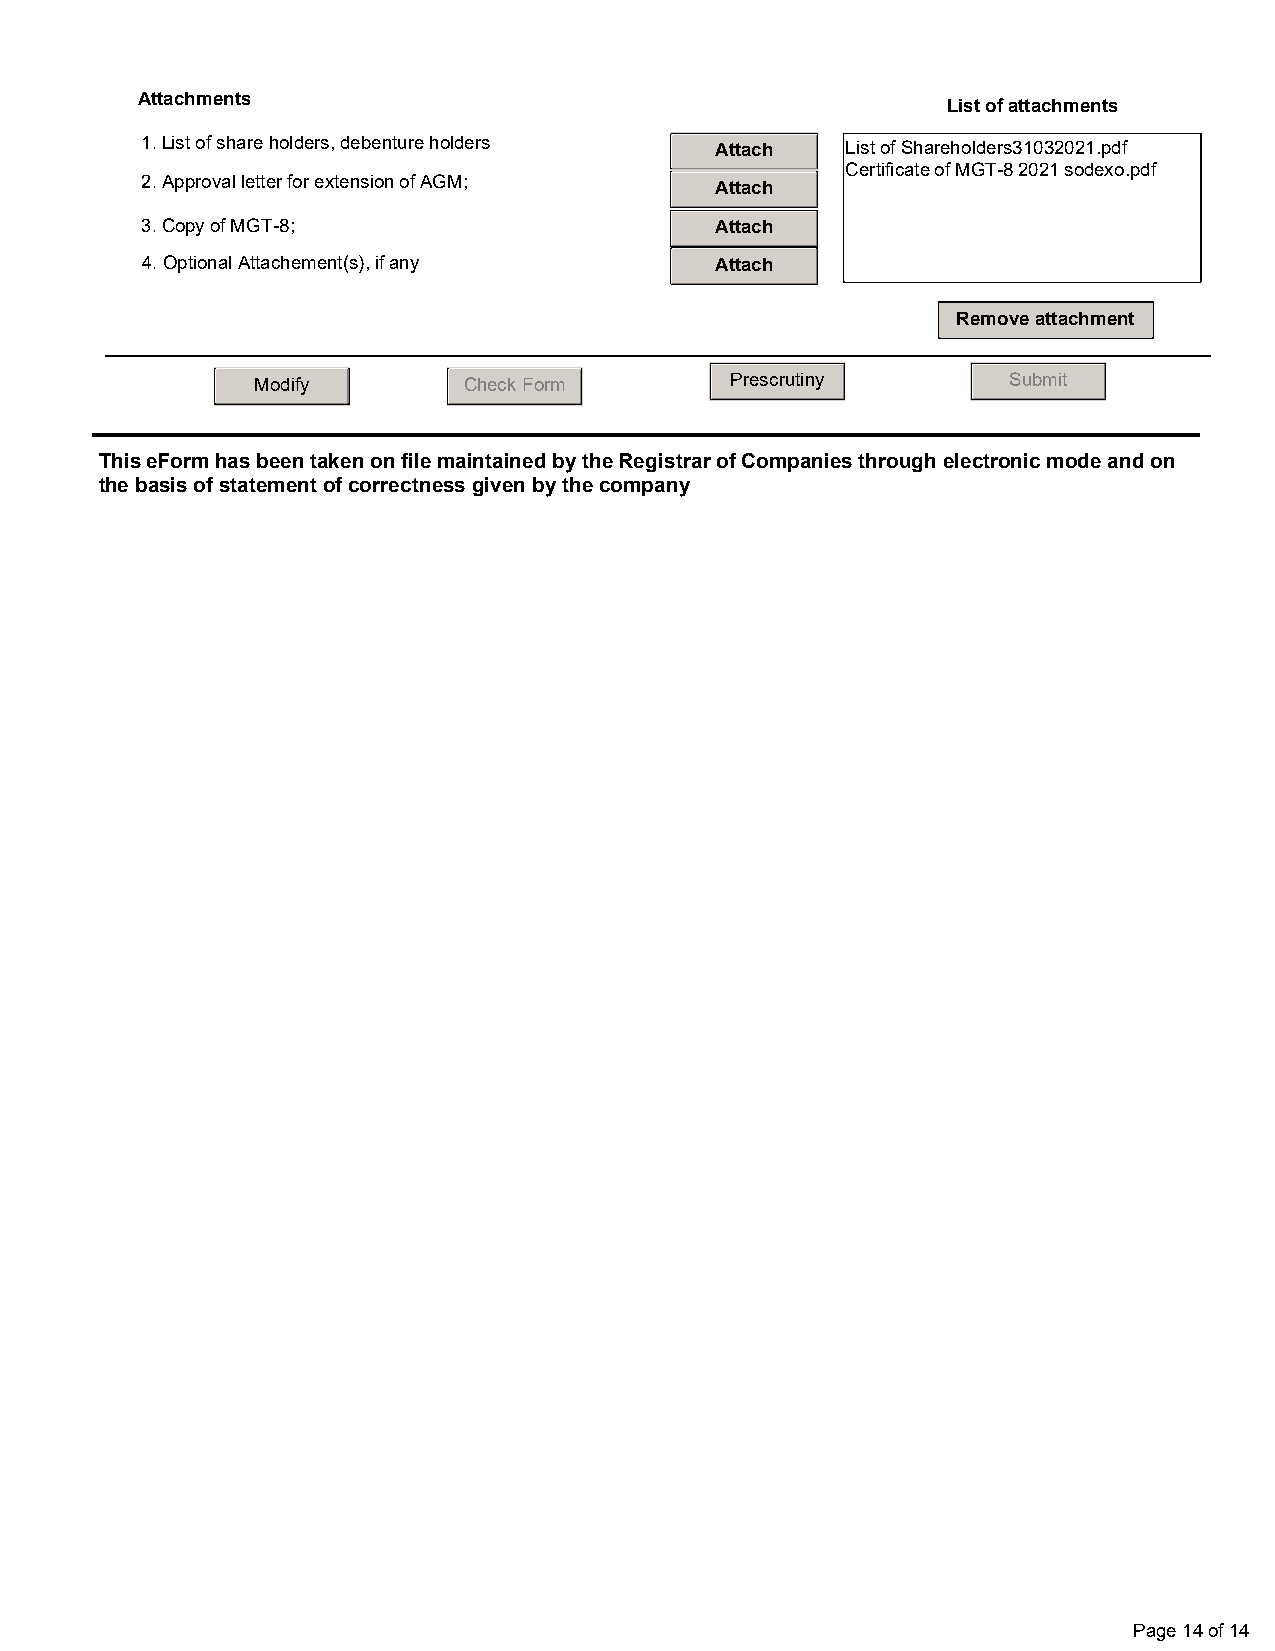
Attachments
 List of attachments
 1. List of share holders, debenture holders Attach List of Shareholders31032021.pdf
 Certificate of MGT-8 2021 sodexo.pdf
 2. Approval letter for extension of AGM; Attach
 3. Copy of MGT-8;                     Attach
 4. Optional Attachement(s), if any    Attach
 Remove attachment
 Modify        Check Form       Prescrutiny        Submit
 This eForm has been taken on file maintained by the Registrar of Companies through electronic mode and on
 the basis of statement of correctness given by the company
 Page 14 of 14